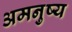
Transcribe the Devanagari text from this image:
अमनुष्य